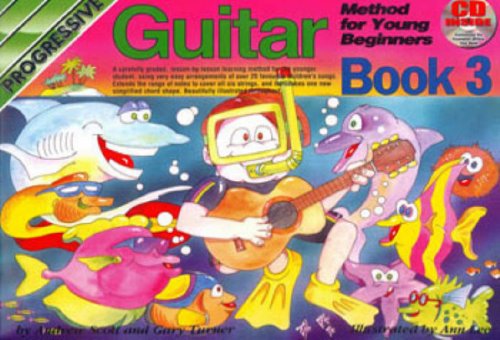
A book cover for CP18324 - Progressive Young Beginner Guitar Method - Book Three: Book/CD; Gary Turner; Teen & Young Adult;